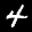
Label: 4